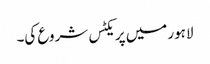
لاہور میں پریکٹس شروع کی۔